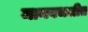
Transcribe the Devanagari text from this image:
मानवचलीत